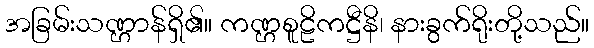
အခြမ်းသဏ္ဌာန်ရှိ၏။ ကဏ္ဌစူဠိကဋ္ဌီနိ၊ နားခွက်ရိုးတို့သည်။